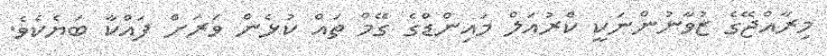
މިރާއްޖޭގެ ޒުވާނުންނަކީ ކްރުއަލް މައިންޑްގެ ގޭމް ތައް ކުޅެން ވަރަށް ފައްކާ ބަޔެކެވެ.